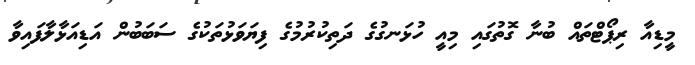
މީޑިއާ ރިޕޯޓްތައް ބުނާ ގޮތުގައި މިއީ ހުޅަނގުގެ ދަތިކުރުމުގެ ފިޔަވަޅުތަކުގެ ސަބަބުން އަޑިއަޅާލާފައިވާ